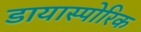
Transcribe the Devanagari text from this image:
डायास्पोरिक